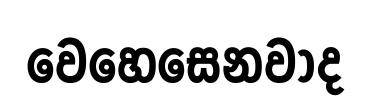
වෙහෙසෙනවාද